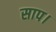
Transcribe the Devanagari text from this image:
साप।